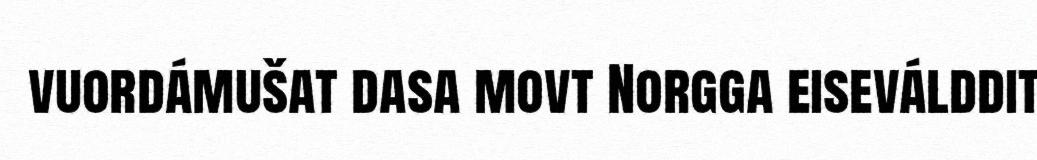
vuordámušat dasa movt Norgga eiseválddit